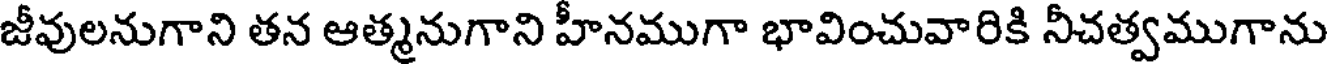
జీవులనుగాని తన ఆత్మనుగాని హీనముగా భావించువారికి నీచత్వముగాను